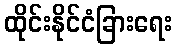
ထိုင်းနိုင်ငံခြားရေး